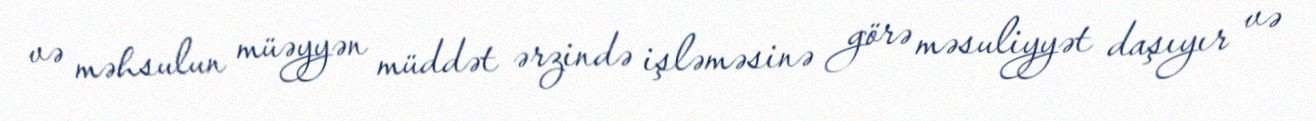
və məhsulun müəyyən müddət ərzində işləməsinə görə məsuliyyət daşıyır və